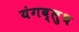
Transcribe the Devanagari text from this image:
यंगब्लुथ